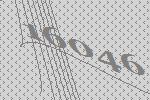
16046